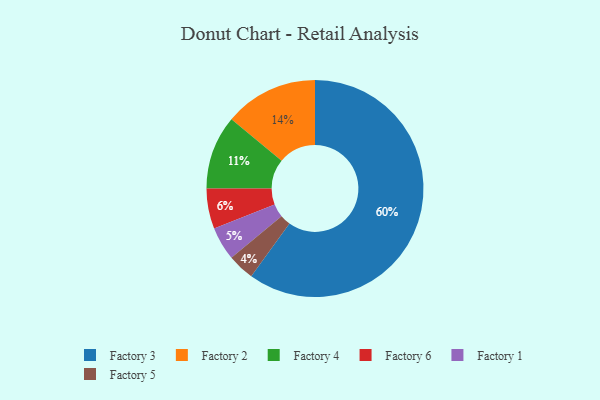
{"axis": {"x": "Category", "y": "Percentage"}, "legend": ["Factory 1", "Factory 2", "Factory 3", "Factory 4", "Factory 5", "Factory 6"], "data": [{"x": "Factory 2", "y": 14, "type": "Factory 2"}, {"x": "Factory 6", "y": 6, "type": "Factory 6"}, {"x": "Factory 4", "y": 11, "type": "Factory 4"}, {"x": "Factory 5", "y": 4, "type": "Factory 5"}, {"x": "Factory 1", "y": 5, "type": "Factory 1"}, {"x": "Factory 3", "y": 60, "type": "Factory 3"}]}